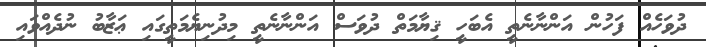
ދުވަހެއް ފަހުން އަންނާނެތީ އެބަހީ ޤިޔާމަތް ދުވަސް އަންނާނެތީ މިދުނިޔެމަތީގައި ޢަޒާބު ނުދެއްވައި